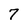
Character: 7